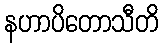
နဟာပိတောသီတိ